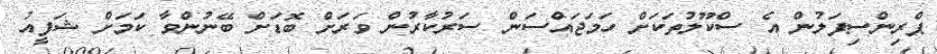
ޕްރިންސިޕަލުން އެ ސްކޫލުތަކަށް ހަމަޖައްސަން ސަރުކާރުން ވަރަށް ބޮޑަށް ބޭނުންވާ ކަމަށް ޝަފީއު